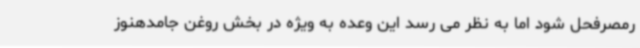
رمصرفحل شود اما به نظر می رسد این وعده به ویژه در بخش روغن جامدهنوز